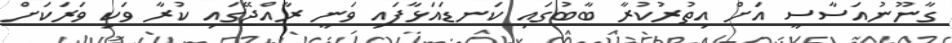
ގާނޫނުއަސާސީ އަށް އިތުރުކުރާ ބާބުގައި ކަނޑައަޅާފައި ވަނީ ރާއްޖޭގައި ކުރާ ވަކި ވަރަކަށް